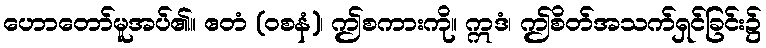
ဟောတော်မူအပ်၏။ ဧတံ (ဝစနံ)၊ ဤစကားကို။ ဣဒံ၊ ဤစိတ်အသက်ရှင်ခြင်း၌